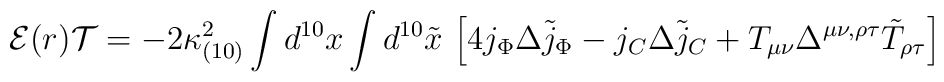
{\cal E}(r){\cal T} =- 2\kappa_{(10)}^2 \int d^{10}x \int d^{10}{\tilde x}\ \Bigl[ 4 j_{\Phi} \Delta {\tilde j_{\Phi}}-  j_{C} \Delta  {\tilde j_{C}} +T_{\mu\nu} \Delta^{\mu\nu,\rho\tau}{\tilde T}_{\rho\tau}\Bigr]